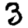
Digit: 3